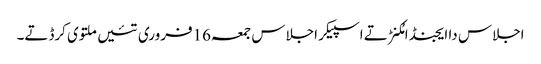
اجلاس دا ایجنڈا مُکنڑ تے اسپیکر اجلاس جمعہ16فروری تئیں ملتوی کرڈتے۔